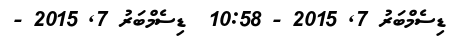
ޑިސެމްބަރު 7